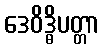
ဒေဝိဒ္ဓိပတ္တာ